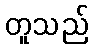
တူသည်